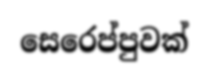
සෙරෙප්පුවක්